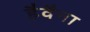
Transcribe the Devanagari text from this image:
हैवैना